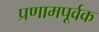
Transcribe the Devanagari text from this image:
प्रणामपूर्वक